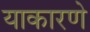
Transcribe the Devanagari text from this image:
याकारणे